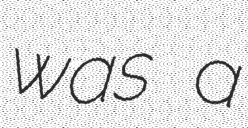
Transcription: was a